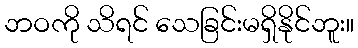
ဘဝကို သိရင် သေခြင်းမရှိနိုင်ဘူး။